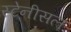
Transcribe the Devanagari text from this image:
स्टेनीसल